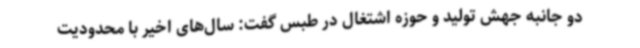
دو جانبه جهش تولید و حوزه اشتغال در طبس گفت: سال‌های اخیر با محدودیت